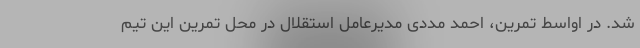
شد. در اواسط تمرین، احمد مددی مدیرعامل استقلال در محل تمرین این تیم